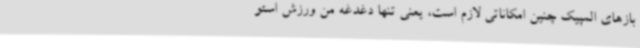
بازهای المپیک چنین امکاناتی لازم است، یعنی تنها دغدغه من ورزش استو